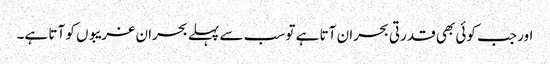
اور جب کوئی بھی قدرتی بحران آتا ہے تو سب سے پہلے بحران غریبوں کو آتا ہے۔